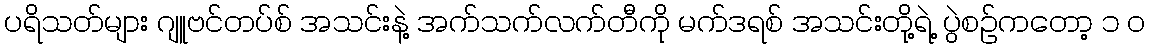
ပရိသတ်များ ဂျူဗင်တပ်စ် အသင်းနဲ့ အက်သက်လက်တီကို မက်ဒရစ် အသင်းတို့ရဲ့ ပွဲစဉ်ကတော့ ၁ ၀